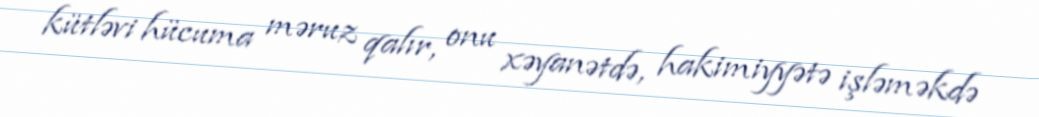
kütləvi hücuma məruz qalır, onu xəyanətdə, hakimiyyətə işləməkdə